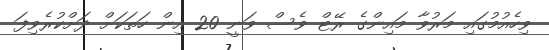
ވިހެއުމުގައި މަރުވާ މައިންގެ ރޭޓް ވެސް ވަނީ 20 އިން ހަތަކަށް ދަށްކުރެވިފަ